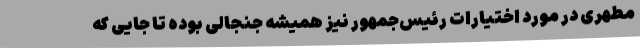
مطهری در مورد اختیارات رئیس‌جمهور نیز همیشه جنجالی بوده تا جایی که